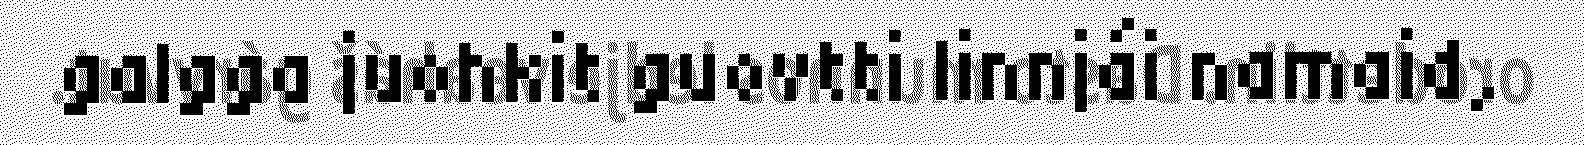
galgga juohkit guovtti linnjái namaid,